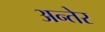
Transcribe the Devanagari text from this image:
अन्तेर